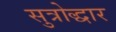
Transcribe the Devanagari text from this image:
सुत्रोद्धार